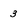
Character: 3